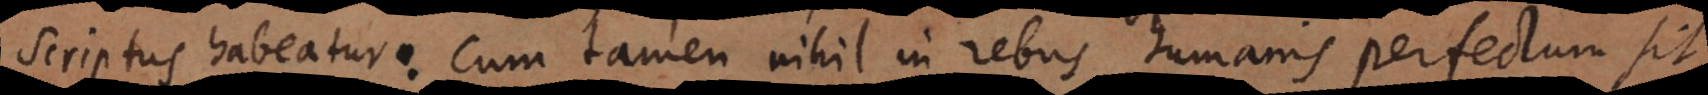
scriptus habeatur. Cum tamen nihil in rebus humanis perfectum sit